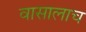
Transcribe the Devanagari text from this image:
वासालाच